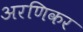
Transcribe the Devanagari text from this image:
अरणिकर